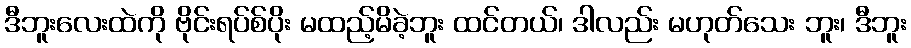
ဒီဘူးလေးထဲကို ဗိုင်းရပ်စ်ပိုး မထည့်မိခဲ့ဘူး ထင်တယ်၊ ဒါလည်း မဟုတ်သေး ဘူး၊ ဒီဘူး